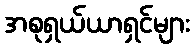
အစုရှယ်ယာရှင်များ